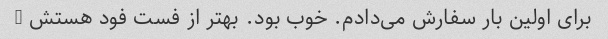
برای اولین بار سفارش می‌دادم. خوب بود. بهتر از فست فود هستش …